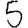
Digit: 5